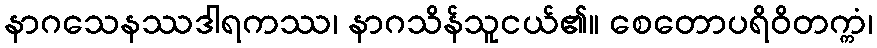
နာဂသေနဿဒါရကဿ၊ နာဂသိန်သူငယ်၏။ စေတောပရိဝိတက္ကံ၊